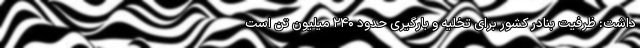
داشت: ظرفیت بنادر کشور برای تخلیه و بارگیری حدود ۲۴۰ میلیون تن است